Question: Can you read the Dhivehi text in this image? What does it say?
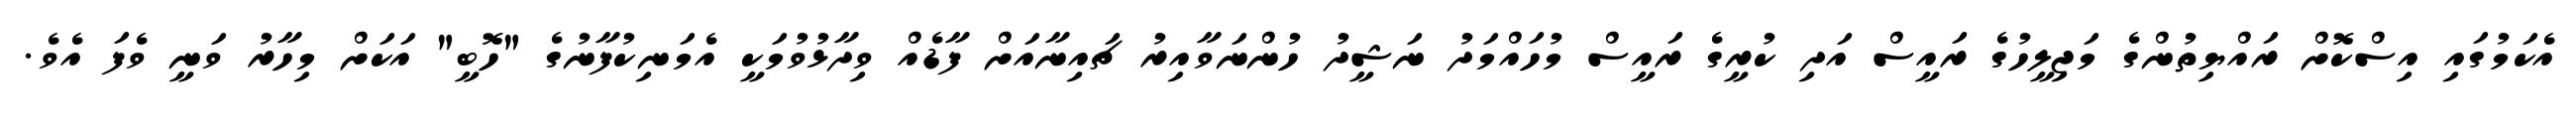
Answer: އެކަމުގައި އިސްކޮށް ރައްޔިތުންގެ މަޖިލީހުގެ ރައީސް އަދި ކުރީގެ ރައީސް މުހައްމަދު ނަޝީދު ހުންނަވާއިރު ޗައިނާއަށް ފާޑެއް ވިދާޅުވުމަކީ އެމަނިކުފާނުގެ "ހޮބީ" އަކަށް މިހާރު ވަނީ ވެފަ އެވެ.